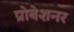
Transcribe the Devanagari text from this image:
प्रोबेशनर